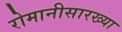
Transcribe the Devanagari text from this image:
रोमानीसारख्या